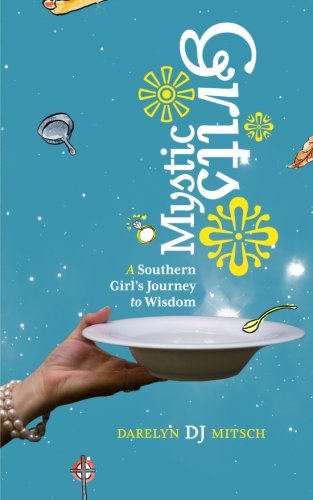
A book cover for Mystic Grits: A Southern Girl's Journey to Wisdom; Darelyn DJ Mitsch; Religion & Spirituality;